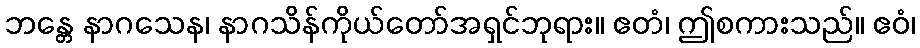
ဘန္တေ နာဂသေန၊ နာဂသိန်ကိုယ်တော်အရှင်ဘုရား။ ဧတံ၊ ဤစကားသည်။ ဧဝံ၊